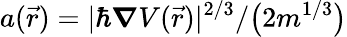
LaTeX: {a(\vec{r})=|\hbar\boldsymbol{\nabla}V(\vec{r})|^{2/3}/\big(2m^{1/3}\big)}